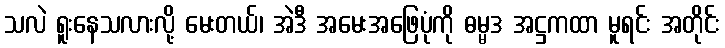
သလဲ ရူးနေသလားလို့ မေးတယ်၊ အဲဒီ အမေးအဖြေပုံကို ဓမ္မဒ အဋ္ဌကထာ မူရင်း အတိုင်း